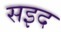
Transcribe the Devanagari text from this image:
सइद